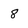
Character: 8